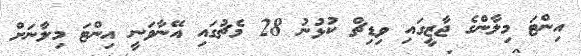
އިންޓަ މިލާންގެ ޖާޒީގައި ވިޑިޗް ކުޅުނު 28 މެޗުގައި އޭނާވަނީ އިިންޓަ މިލާނަށް